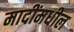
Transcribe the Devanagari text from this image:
मादींमधील